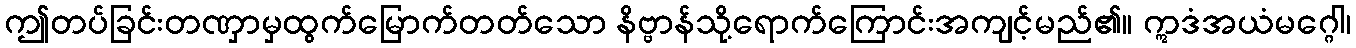
ဤတပ်ခြင်းတဏှာမှထွက်မြောက်တတ်သော နိဗ္ဗာန်သို့ရောက်ကြောင်းအကျင့်မည်၏။ ဣဒံအယံမဂ္ဂေါ၊